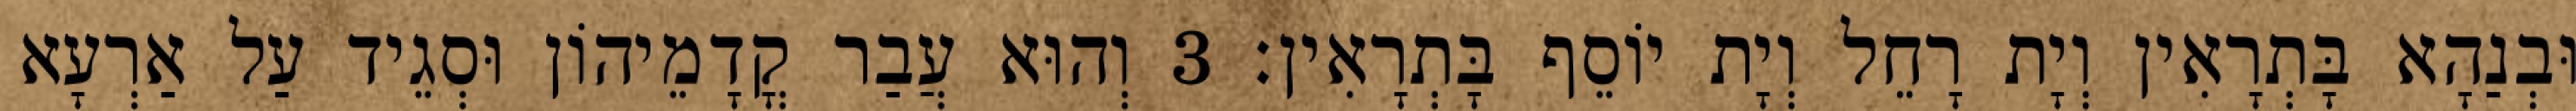
וּבְנַהָא בָּתְרָאִין וְיָת רָחֵל וְיָת יוֹסֵף בָּתְרָאִין׃ 3 וְהוּא עֲבַר קֳדָמֵיהוֹן וּסְגֵיד עַל אַרְעָא